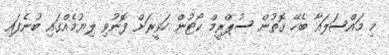
މި މައްސަލައާ ބެހޭ ގޮތުން ސުޕްރީމް ކޯޓުން ހަވީރަށް ފޮނުވި ލިޔުމެއްގައި ބުނެފައި